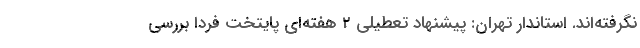
نگرفته‌اند. استاندار تهران: پیشنهاد تعطیلی 2 هفته‌ای پایتخت فردا بررسی